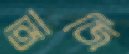
আজি